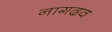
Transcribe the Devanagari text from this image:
नागढव